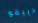
دييقو